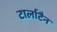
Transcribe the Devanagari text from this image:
टार्लाटैन